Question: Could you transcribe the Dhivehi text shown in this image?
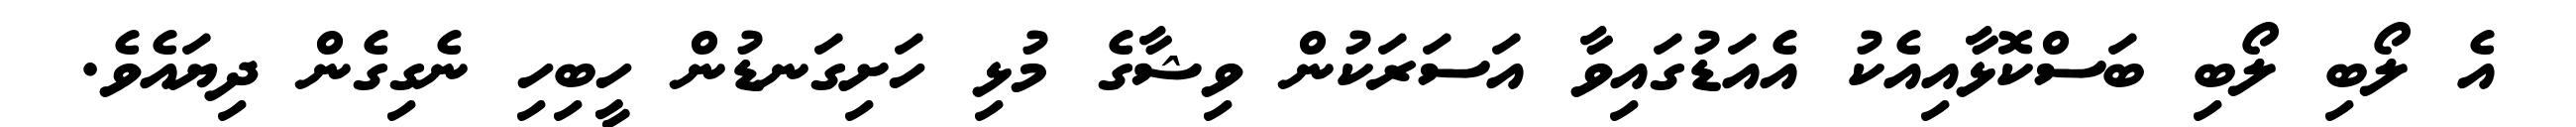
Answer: އެ ލޯބި ލޯބި ބަސްކޮޅާއިއެކު އެއަޑުގައިވާ އަސަރަކުން ވިޝާގެ މުޅި ހަށިގަނޑުން ހީބިހި ނެގިގެން ދިޔައެވެ.